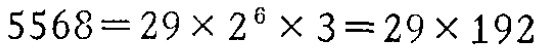
\(5568 = 29\times2^{6}\times3=29\times192\)